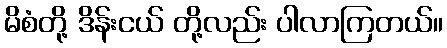
မိစံတို့ ဒိန်းငယ် တို့လည်း ပါလာကြတယ်။